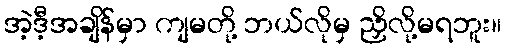
အဲ့ဒီ့အချိန်မှာ ကျမတို့ ဘယ်လိုမှ ညှိလို့မရဘူး။